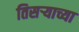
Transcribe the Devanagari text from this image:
तिसर्‍याच्या